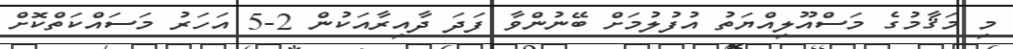
މި މަޤާމުގެ މަސްއޫލިއްޔަތު އުފުލުމަށް ބޭނުންވާ ފަދަ ދާއިރާއަކުން 2-5 އަހަރު މަސައްކަތްކޮށް